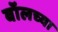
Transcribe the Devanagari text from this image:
बॉलच्या